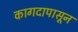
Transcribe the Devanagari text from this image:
कागदापासून